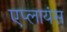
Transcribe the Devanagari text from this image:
एप्लायंस